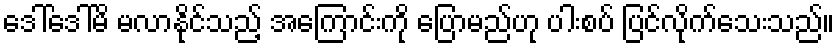
ဒေါ်ဒေါ်မိ မလာနိုင်သည့် အကြောင်းကို ပြောမည်ဟု ပါးစပ် ပြင်လိုက်သေးသည်။